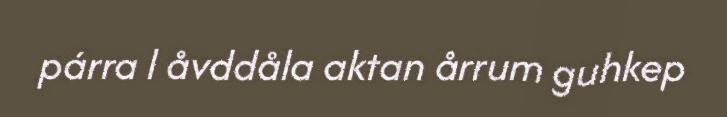
párra l åvddåla aktan årrum guhkep